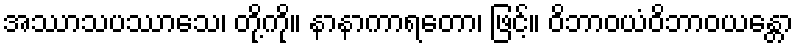
အဿာသပဿာသေ၊ တို့ကို။ နာနာကာရတော၊ ဖြင့်။ ဝိဘာဝယံဝိဘာဝယန္တော